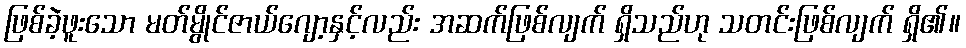
ဖြစ်ခဲ့ဖူးသော မတ်မွိုင်ဇာယ်ဂျော့နှင့်လည်း အဆက်ဖြစ်လျက် ရှိသည်ဟု သတင်းဖြစ်လျက် ရှိ၏။